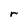
Character: r